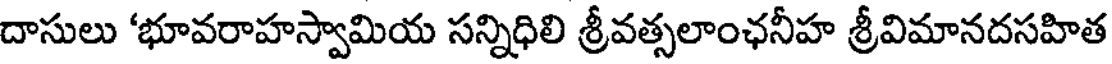
దాసులు 'భూవరాహస్వామియ సన్నిధిలి శ్రీవత్సలాంఛనీహ శ్రీవిమానదసహిత